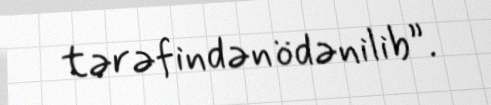
tərəfindən ödənilib”.